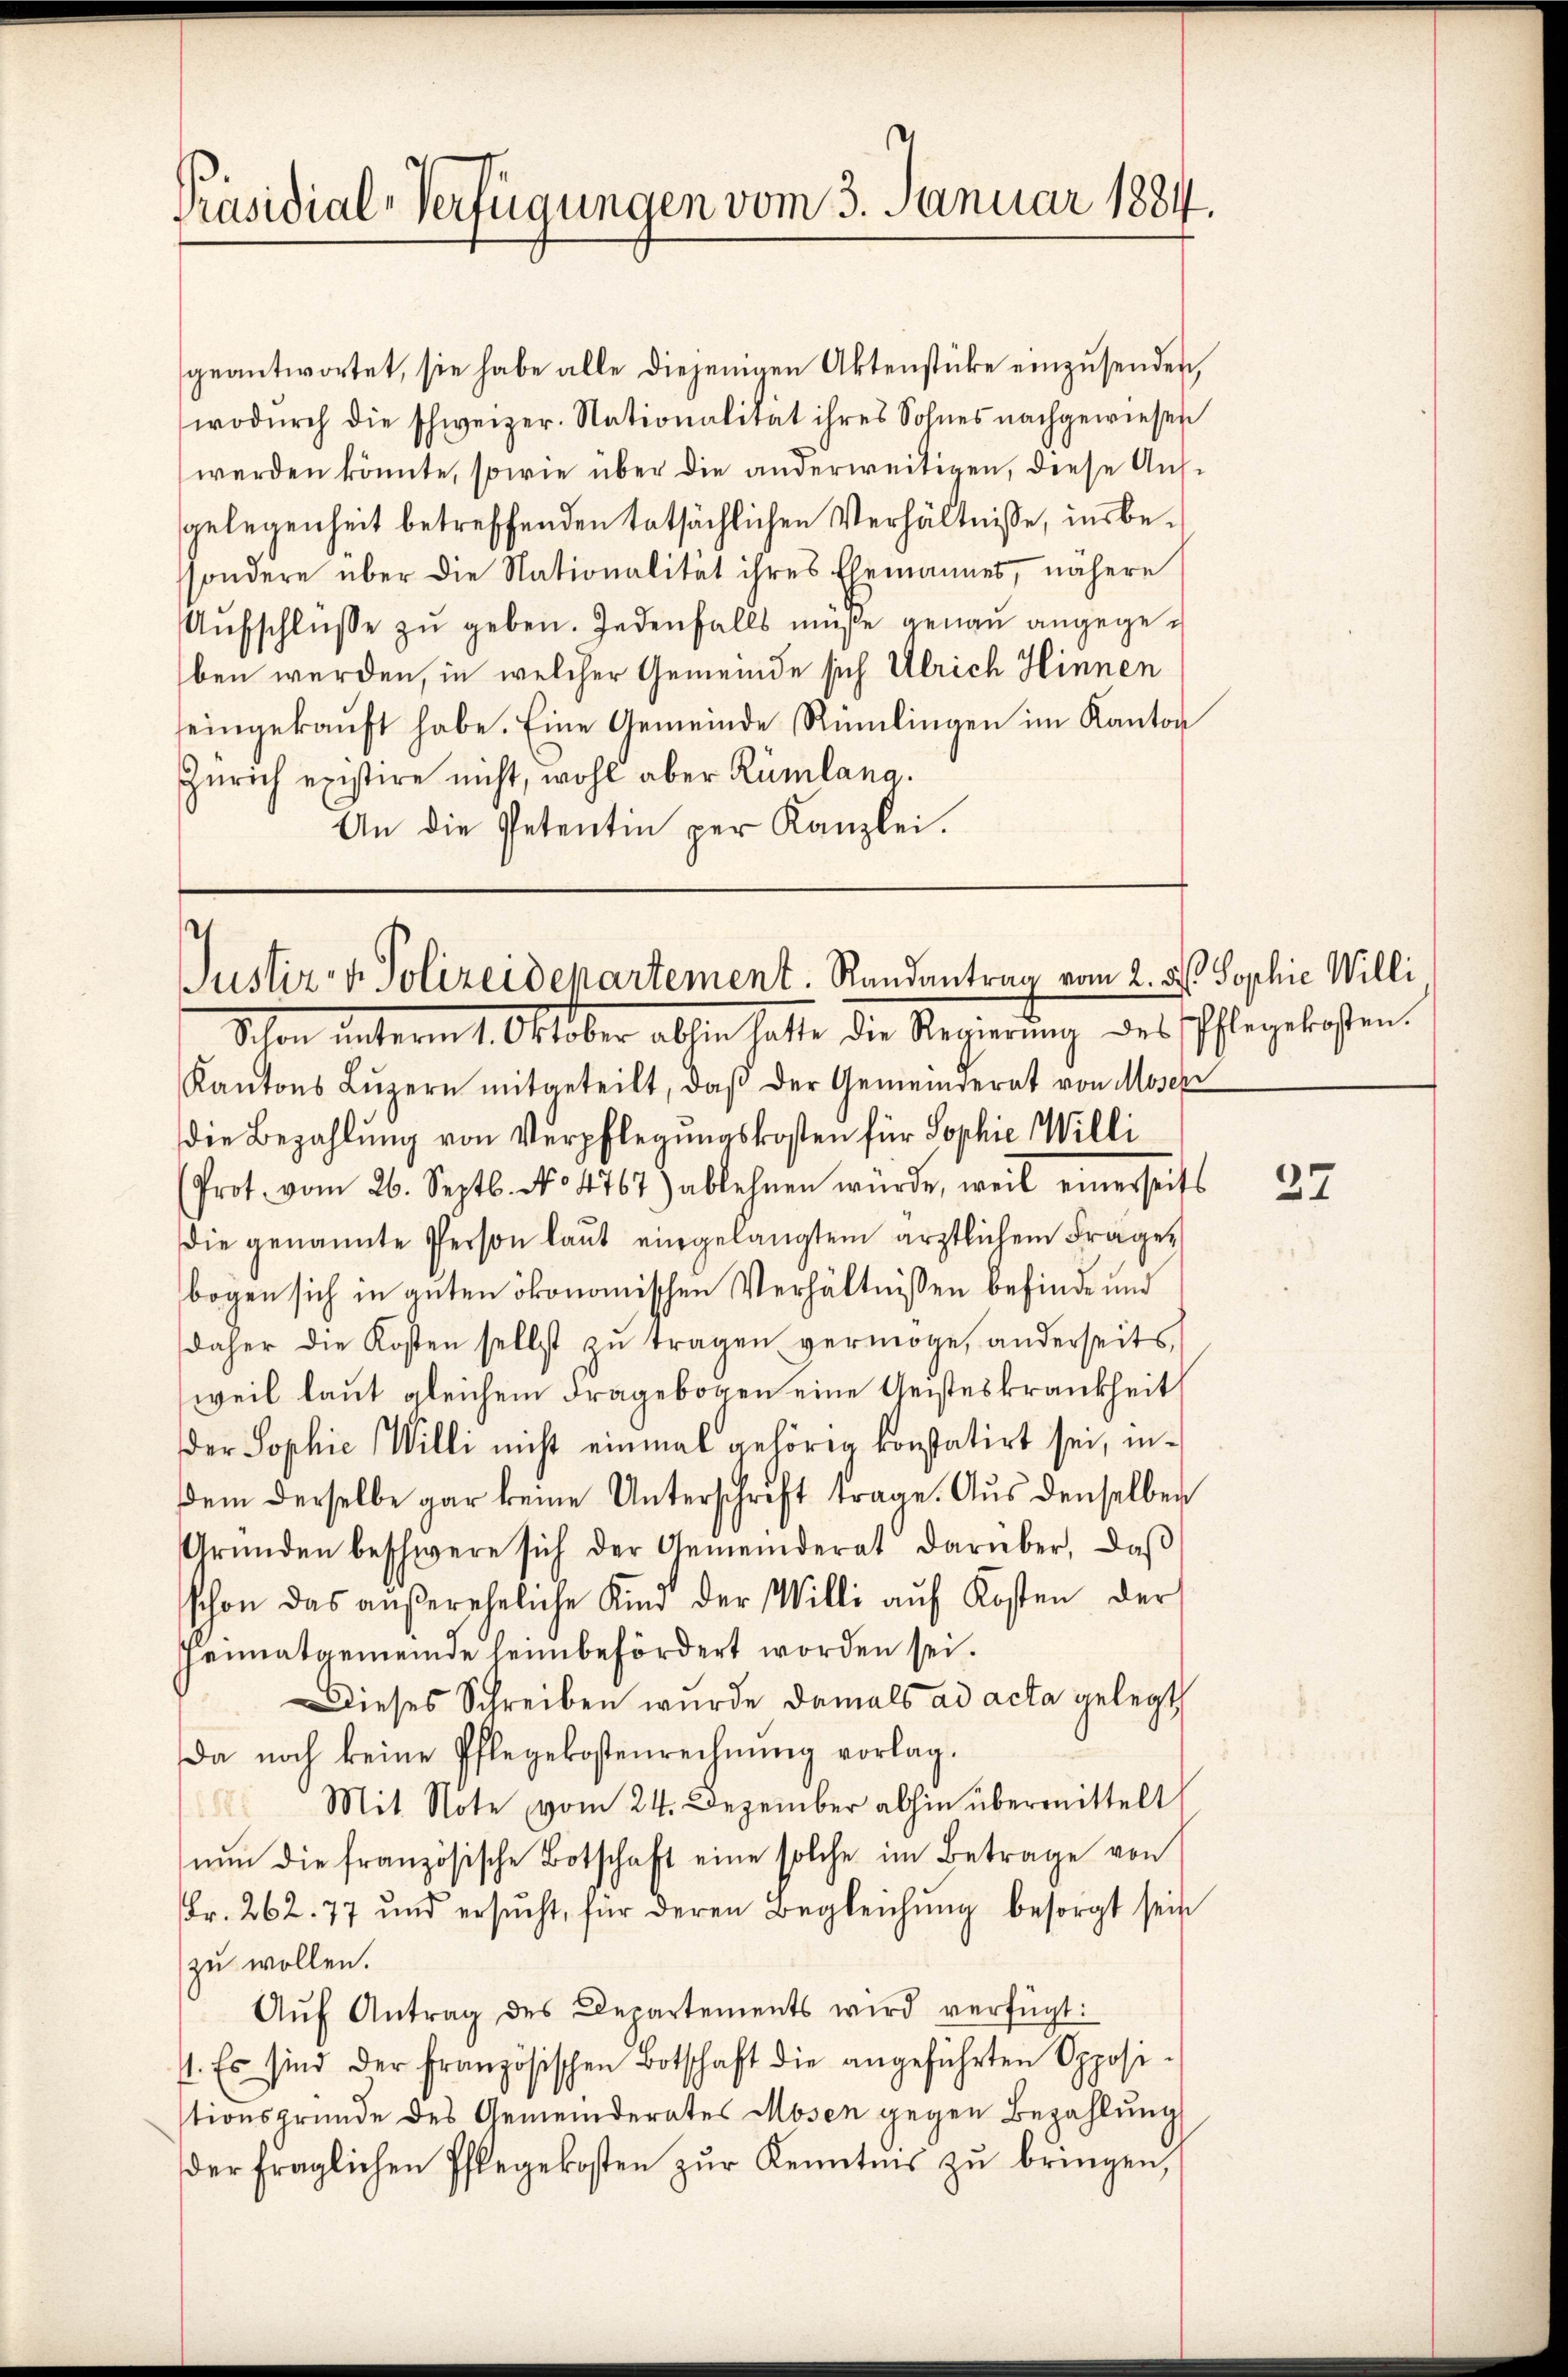
Präsidial-Verfügungen vom 3. Januar 1884.

geantwortet, sie habe alle diejenigen Aktenstücke einzusenden,
wodŭrch die schweizer. Nationalität ihres Sohnes nachgewiesen
werden könnte, sowie über die anderweitigen, diese Aufgelegenheit betreffenden tatsächlichen Verhältnisse, insbessondere über die Nationalität ihres Ehemannes, nähere
Aŭfschlüsse zu geben. Jedenfalls müße genau angegeben werden, in welcher Gemeinde sich Ulrich Hinnen
seingekaŭft habe. Eine Gemeinde Rümlingen im Kanton
Zürich existire nicht, wohl aber Rümlang.
An die Petentin per Kanzlei.

Justiz- & Polizeidepartement. Randantrag vom 2. d. Sophie Willi

Schon unterm 1. Oktober abhin hatte die Regierung des Pflegekosten.
Kantons Lŭzern mitgeteilt, daβ der Gemeinderat von Moser
die Bezahlŭng von Verpflegŭngskosten für Sophie Willi
(Prot. vom 26. Septb. No 4767.) ablehnen würde, weil einerseits
Die genannte Person laut eingelangtem ärztlichem Frage,
bogen sich in guten ökonomischen Verhältnissen befinde und
daher die Kosten selbst zŭ tragen vermöge, anderseits,
weil laut gleichem Fragebogen eine Geisteskrankheit
Der Sophie Willi nicht einmal gehörig konstatirt sei, in¬
Dem derselbe gar keine Unterschrift trage. Aus denselben
Gründen beschwere sich der Gemeinderat darüber, daβ
schon das außereheliche Kind der Willi aŭf Kosten der
Heimatgemeinde heim befördert worden sei.
Dieses Schreiben wurde damals ad acta gelegt
da noch keine Pflegekostenrechnŭng vorlag.
Mit Note vom 24. Dezember abhin übermittelt
nŭn die französische Botschaft eine solche im Betrage von
Fr. 262. 77 und ersŭcht, für deren Begleichŭng besorgt sein
zu wollen.
Aŭf Antrag des Departements wird verfügt:
1. Es sind der Französischen Botschaft die angeführten Opposistionsgründe des Gemeinderates Mosen gegen Bezahlung
der fraglichen Pflegekosten zŭr Kenntnis zŭ bringen,

37